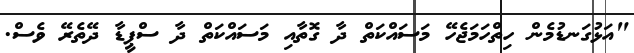
"އަޅުގަނޑުމެން ހިތްހަމަޖެހޭ މަސައްކަތް ދާ ގޮތާއި މަސައްކަތް ދާ ސްޕީޑާ ދޭތެރޭ ވެސް.